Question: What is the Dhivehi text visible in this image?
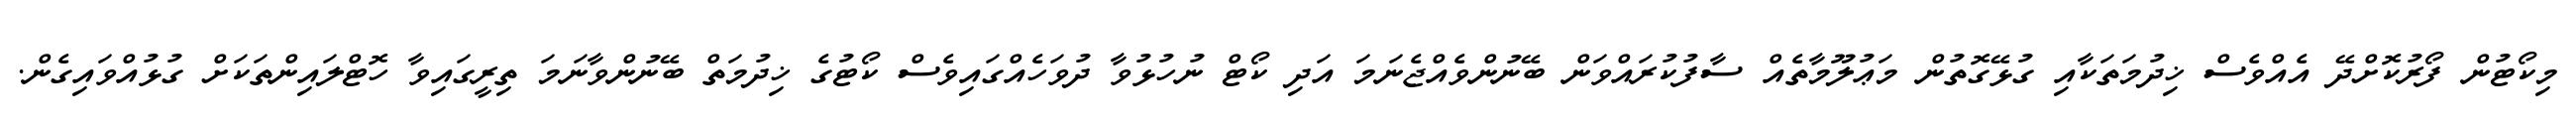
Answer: މިކޯޓުން ފޯރުކޮށްދޭ އެއްވެސް ޚިދުމަތަކާއި ގުޅޭގޮތުން މަޢުލޫމާތެއް ސާފުކުރައްވަން ބޭނުންވެއްޖެނަމަ އަދި ކޯޓް ނުހުޅުވާ ދުވަހެއްގައިވެސް ކޯޓުގެ ޚިދުމަތް ބޭނުންވާނަމަ ތިރީގައިވާ ހޮޓްލައިންތަކަށް ގުޅުއްވައިގެން.